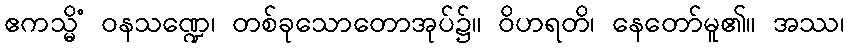
ဧကသ္မိံ ဝနသဏ္ဍေ၊ တစ်ခုသောတောအုပ်၌။ ဝိဟရတိ၊ နေတော်မူ၏။ အဿ၊